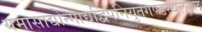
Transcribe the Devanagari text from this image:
यमासाद्योन्माद्यद्विपनियुतगण्डस्थलगल